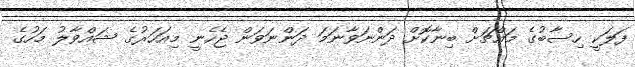
ފަލަކީ ހިސާބުގެ މައްޗަށް ބިނާކޮށް ދަންނަވާނަމަ ދަންނަވަން ޖެހެނީ މިއަހަރުގެ ޝައްވާލު މަހުގެ